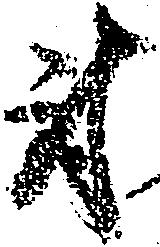
尉